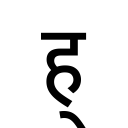
OCR:
ह्